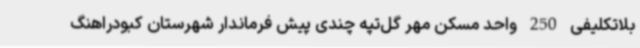
بلاتکلیفی 250 واحد مسکن مهر گل‌تپه چندی پیش فرماندار شهرستان کبودراهنگ